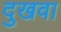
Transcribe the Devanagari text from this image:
दुखवा